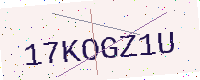
Text: 17KOGZ1U